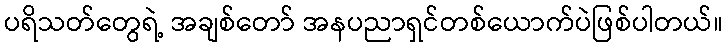
ပရိသတ်တွေရဲ့ အချစ်တော် အနပညာရှင်တစ်ယောက်ပဲဖြစ်ပါတယ်။